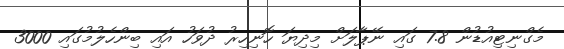
މެގްނިޓިއުޑުން 7.8 ގައި ނޭޕާލަށް މިދިޔަ ހޮނިހިރު ދުވަހު އައި ބިންހެލުމުގައި 3000